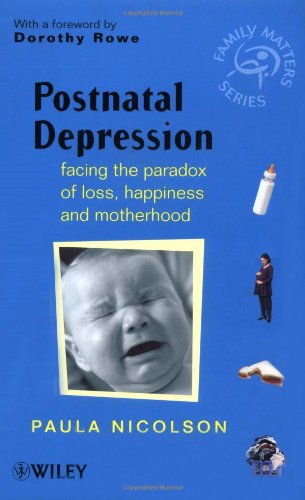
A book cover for Postnatal Depresstion - Facing the Paradox of Lost Happiness & Motherhood; Paula Nicolson; Health, Fitness & Dieting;